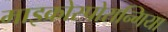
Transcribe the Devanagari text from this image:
माइक्रोस्पोरान्गिया